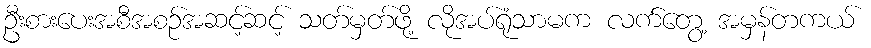
ဦးစားပေးအစီအစဉ်အဆင့်ဆင့် သတ်မှတ်ဖို့ လိုအပ်ရုံသာမက လက်တွေ့ အမှန်တကယ်